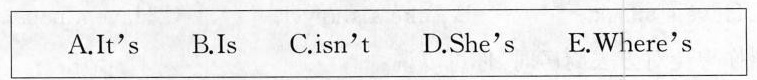
\boxed{A.It's B.Is C.Isn't D.She's E.Where's}